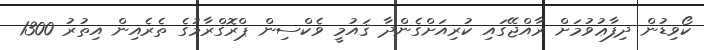
ކޯވިޑުން ދިފާޢުވުމަށް ރާއްޖޭގައި ކުރިއަށްގެންދާ ޤައުމީ ވެކްސިން ޕްރޮގްރާމުގެ ތެރެއިން އިތުރު 1300